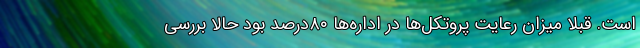
است. قبلا میزان رعایت پروتکل‌ها در اداره‌ها ۸۰درصد بود حالا بررسی